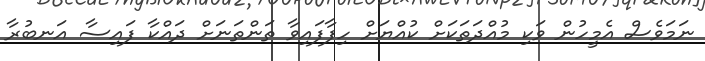
ނަމަވެސް އެމީހުން ވަކި މުއްދަތަކަށް ކުއްޔަށް ހިފާފައިވާ ތަންތަނަށް ދައްކާ ފައިސާ އަނބުރާ